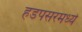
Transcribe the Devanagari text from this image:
हडपसरमध्ये